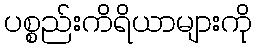
ပစ္စည်းကိရိယာများကို